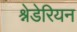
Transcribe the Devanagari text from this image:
श्नेडेरियन